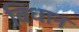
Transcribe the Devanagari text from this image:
विधान